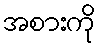
အစားကို